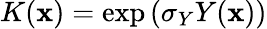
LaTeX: K(\mathbf{x})=\exp\left(\sigma_{Y}Y(\mathbf{x})\right)